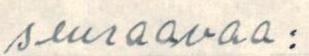
seuraavaa: